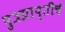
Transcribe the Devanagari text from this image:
पुत्रप्राप्‍तीचे